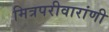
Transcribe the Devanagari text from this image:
मित्रपरीवारांणी